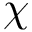
\chi